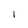
Character: l